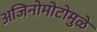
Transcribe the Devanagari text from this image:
अजिनोमोटोमुळे